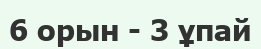
6 орын - 3 ұпай